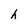
Character: h